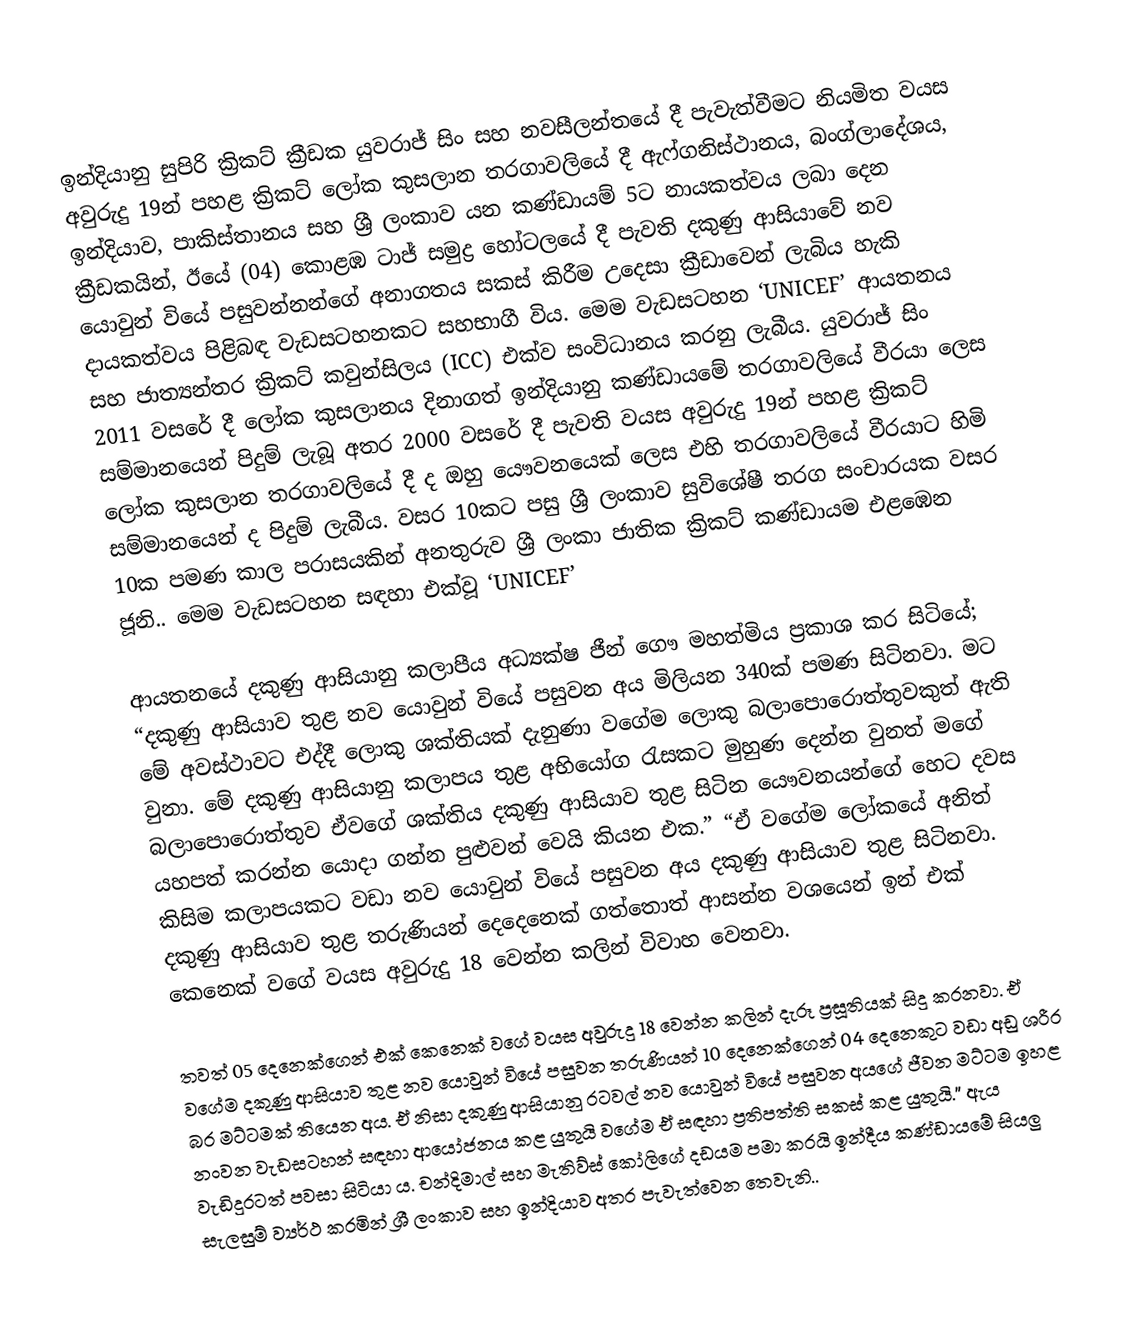
ඉන්දියානු සුපිරි ක්‍රිකට් ක්‍රීඩක යුවරාජ් සිං සහ නවසීලන්තයේ දී පැවැත්වීමට නියමිත වයස අවුරුදු 19න් පහළ ක්‍රිකට් ලෝක කුසලාන තරගාවලියේ දී ඇෆ්ගනිස්ථානය, බංග්ලාදේශය, ඉන්දියාව, පාකිස්තානය සහ ශ්‍රී ලංකාව යන කණ්ඩායම් 5ට නායකත්වය ලබා දෙන ක්‍රීඩකයින්, ඊයේ (04) කොළඹ ටාජ් සමුද්‍ර හෝටලයේ දී පැවති දකුණු ආසියාවේ නව යොවුන් වියේ පසුවන්නන්ගේ අනාගතය සකස් කිරීම උදෙසා ක්‍රීඩාවෙන් ලැබිය හැකි දායකත්වය පිළිබඳ වැඩසටහනකට සහභාගී විය. මෙම වැඩසටහන ‘UNICEF’ ආයතනය සහ ජාත්‍යන්තර ක්‍රිකට් කවුන්සිලය (ICC) එක්ව සංවිධානය කරනු ලැබීය. යුවරාජ් සිං 2011 වසරේ දී ලෝක කුසලානය දිනාගත් ඉන්දියානු කණ්ඩායමේ තරගාවලියේ වීරයා ලෙස සම්මානයෙන් පිදුම් ලැබූ අතර 2000 වසරේ දී පැවති වයස අවුරුදු 19න් පහළ ක්‍රිකට් ලෝක කුසලාන තරගාවලියේ දී ද ඔහු යෞවනයෙක් ලෙස එහි තරගාවලියේ වීරයාට හිමි සම්මානයෙන් ද පිදුම් ලැබීය. වසර 10කට පසු ශ්‍රී ලංකාව සුවිශේෂී තරග සංචාරයක වසර 10ක පමණ කාල පරාසයකින් අනතුරුව ශ්‍රී ලංකා ජාතික ක්‍රිකට් කණ්ඩායම එළඹෙන ජූනි.. මෙම වැඩසටහන සඳහා එක්වූ ‘UNICEF’

ආයතනයේ දකුණු ආසියානු කලාපීය අධ්‍යක්ෂ ජීන් ගෞ මහත්මිය ප්‍රකාශ කර සිටියේ; “දකුණු ආසියාව තුළ නව යොවුන් වියේ පසුවන අය මිලියන 340ක් පමණ සිටිනවා. මට මේ අවස්ථාවට එද්දී ලොකු ශක්තියක් දැනුණා වගේම ලොකු බලාපොරොත්තුවකුත් ඇති වුනා. මේ දකුණු ආසියානු කලාපය තුළ අභියෝග රැසකට මුහුණ දෙන්න වුනත් මගේ බලාපොරොත්තුව ඒවගේ ශක්තිය දකුණු ආසියාව තුළ සිටින යෞවනයන්ගේ හෙට දවස යහපත් කරන්න යොදා ගන්න පුළුවන් වෙයි කියන එක.” “ඒ වගේම ලෝකයේ අනිත් කිසිම කලාපයකට වඩා නව යොවුන් වියේ පසුවන අය දකුණු ආසියාව තුළ සිටිනවා. දකුණු ආසියාව තුළ තරුණියන් දෙදෙනෙක් ගත්තොත් ආසන්න වශයෙන් ඉන් එක් කෙනෙක් වගේ වයස අවුරුදු 18 වෙන්න කලින් විවාහ වෙනවා.

තවත් 05 දෙනෙක්ගෙන් එක් කෙනෙක් වගේ වයස අවුරුදු 18 වෙන්න කලින් දැරූ ප්‍රසූතියක් සිදු කරනවා. ඒ වගේම දකුණු ආසියාව තුළ නව යොවුන් වියේ පසුවන තරුණියන් 10 දෙනෙක්ගෙන් 04 දෙනෙකුට වඩා අඩු ශරීර බර මට්ටමක් තියෙන අය. ඒ නිසා දකුණු ආසියානු රටවල් නව යොවුන් වියේ පසුවන අයගේ ජීවන මට්ටම ඉහළ නංවන වැඩසටහන් සඳහා ආයෝජනය කළ යුතුයි වගේම ඒ සඳහා ප්‍රතිපත්ති සකස් කළ යුතුයි.” ඇය වැඩිදුරටත් පවසා සිටියා ය. චන්දිමාල් සහ මැතිව්ස් කෝලිගේ දඩයම පමා කරයි ඉන්දීය කණ්ඩායමේ සියලු සැලසුම් ව්‍යර්ථ කරමින් ශ්‍රී ලංකාව සහ ඉන්දියාව අතර පැවැත්වෙන තෙවැනි..